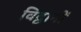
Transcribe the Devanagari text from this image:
विद्वानों